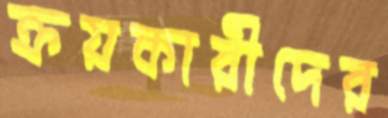
ক্রয়কারীদের